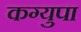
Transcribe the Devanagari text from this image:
कग्युपा